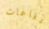
دفاعات